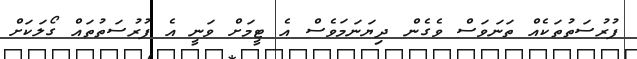
ފުރުސަތުތަކެއް ތަނަވަސް ވެގެން ދިޔަނަމަވެސް އެ ޓީމަށް ވަނީ އެ ފުރުސަތުތައް ގޯލަކަށް